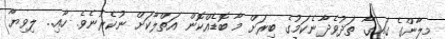
މިލާންގެ ގައިގާ ތަދުވެދާނެކަމުގެ ބިރަށް މާ ބޮޑެއްކޮން އަތްލާކަށް ނުކެރުނެވެ. ހާއި.. ލިވިޔާ